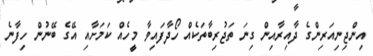
އިންޖިނިއަރިންގެ ދާއިރާއިން ގިނަ ތަޖުރިބާތަކެއް ހޯދާފައިވާ މީހެއް ކަމަށާއި އޭގެ ބޭނުން ހިފާނެ